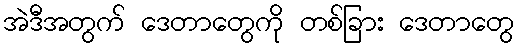
အဲဒီအတွက် ဒေတာတွေကို တစ်ခြား ဒေတာတွေ